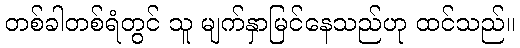
တစ်ခါတစ်ရံတွင် သူ မျက်နှာမြင်နေသည်ဟု ထင်သည်။